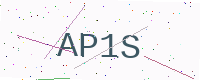
Text: AP1S